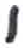
אות: י